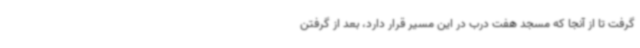
گرفت تا از آنجا که مسجد هفت درب در این مسیر قرار دارد، بعد از گرفتن